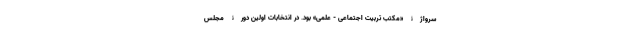
سرواژۀ «مکتب تربیت اجتماعی - علمی» بود. در انتخابات اولین دورۀ مجلس